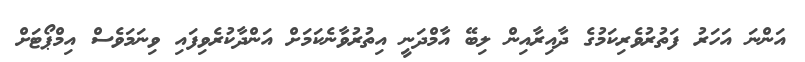
އަންނަ އަހަރު ފަތުރުވެރިކަމުގެ ދާއިރާއިން ލިބޭ އާމްދަނީ އިތުރުވާނެކަމަށް އަންދާކުރެވިފައި ވިނަމަވެސް އިމްޕޯޓަށް